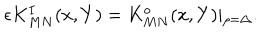
\epsilon K _ { M N } ^ { I } ( x , Y ) = K _ { M N } ^ { o } ( x , Y ) \vert _ { \rho = \Delta } .